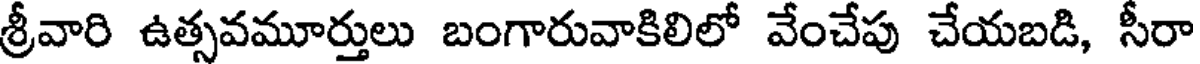
శ్రీవారి ఉత్సవమూర్తులు బంగారువాకిలిలో వేంచేపు చేయబడి, సీరా